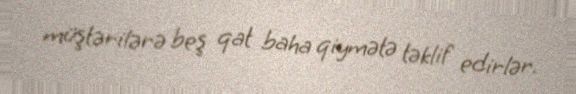
müştərilərə beş qat baha qiymətə təklif edirlər.